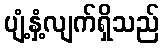
ပျံ့နှံ့လျက်ရှိသည်